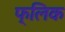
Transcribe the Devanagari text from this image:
फ्‍लिक